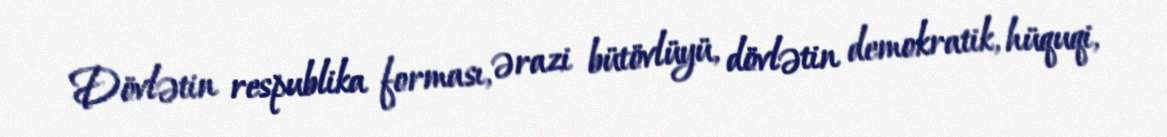
Dövlətin respublika forması, ərazi bütövlüyü, dövlətin demokratik, hüquqi,